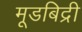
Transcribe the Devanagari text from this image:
मूडबिद्री